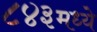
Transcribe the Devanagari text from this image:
८४३मध्ये